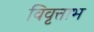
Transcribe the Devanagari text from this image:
विवृत्ताभ